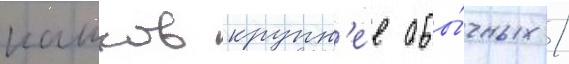
кашков крупн'ее обы́чных /